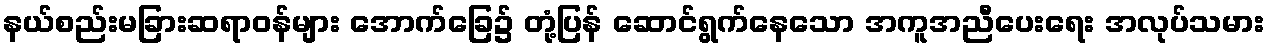
နယ်စည်းမခြားဆရာဝန်များ အောက်ခြေ၌ တုံ့ပြန် ဆောင်ရွက်နေသော အကူအညီပေးရေး အလုပ်သမား